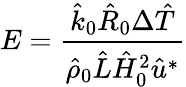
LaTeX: E=\frac{\hat{k}_{0}\hat{R}_{0}\Delta\hat{T}}{\hat{\rho}_{0}\hat{L}\hat{H}_{0}^{2}\hat{u}^{*}}